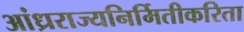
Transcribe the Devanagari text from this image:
आंध्रराज्यनिर्मितीकरिता